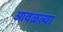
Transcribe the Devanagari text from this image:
आवळल्या